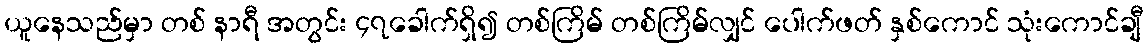
ယူနေသည်မှာ တစ် နာရီ အတွင်း ၄၇ခေါက်ရှိ၍ တစ်ကြိမ် တစ်ကြိမ်လျှင် ပေါက်ဖတ် နှစ်ကောင် သုံးကောင်ချီ